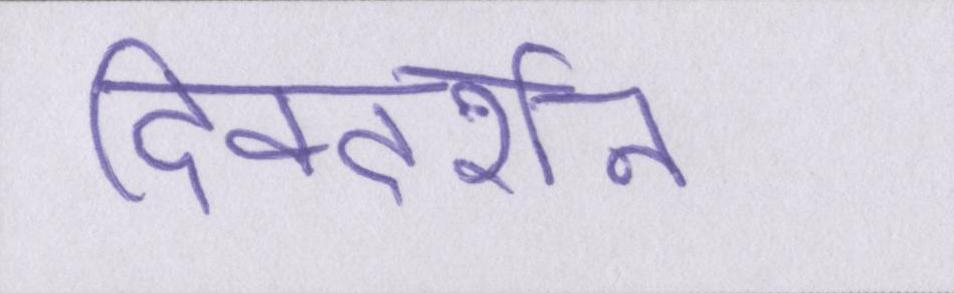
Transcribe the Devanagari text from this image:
दिक्दर्शन